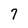
Character: 7